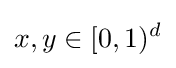
x,y\in [0,1)^{d}